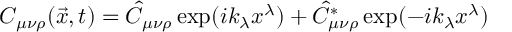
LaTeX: C _ { \mu \nu \rho } ( \vec { x } , t ) = \hat { C } _ { \mu \nu \rho } \exp ( i k _ { \lambda } x ^ { \lambda } ) + \hat { C } _ { \mu \nu \rho } ^ { * } \exp ( - i k _ { \lambda } x ^ { \lambda } )